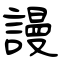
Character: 謾